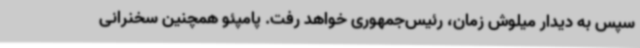
سپس به دیدار میلوش زمان، رئیس‌جمهوری خواهد رفت. پامپئو همچنین سخنرانی